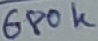
Text: 680K